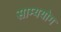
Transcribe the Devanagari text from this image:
साम्ययोग